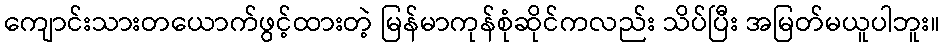
ကျောင်းသားတယောက်ဖွင့်ထားတဲ့ မြန်မာကုန်စုံဆိုင်ကလည်း သိပ်ပြီး အမြတ်မယူပါဘူး။